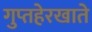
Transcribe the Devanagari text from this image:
गुप्तहेरखाते